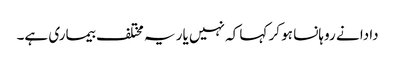
دادا نے روہانسا ہو کر کہا کہ نہیں یار یہ مختلف بیماری ہے۔